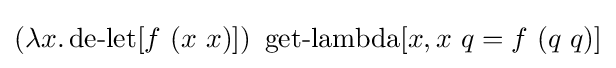
(\lambda x.\operatorname {de-let} [f\ (x\ x)])\ \operatorname {get-lambda} [x,x\ q=f\ (q\ q)]